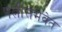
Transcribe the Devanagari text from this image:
पत्नीसमवेत